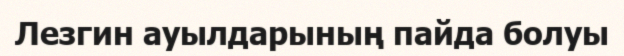
Лезгин ауылдарының пайда болуы